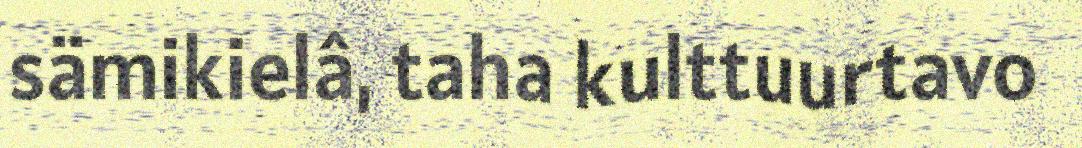
sämikielâ, taha kulttuurtavo